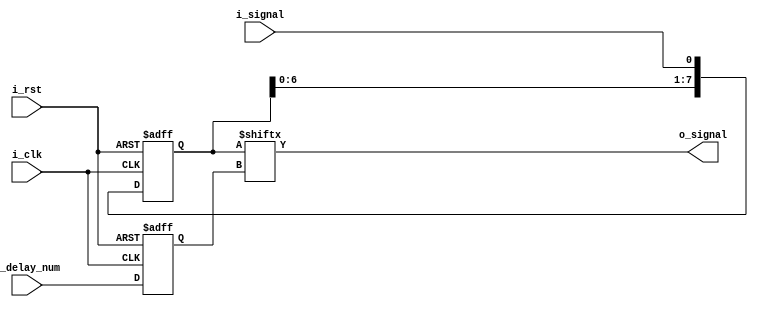
`timescale 1ns / 1ps
//////////////////////////////////////////////////////////////////////////////////
// Company: 
// Engineer: 
// 
// Design Name: 
// Module Name: Delay_Signal
// Project Name: 
// Target Devices: 
// Tool Versions: 
// Description: 
// 
// Dependencies: 
// 
// Revision:
// Revision 0.01 - File Created
// Additional Comments:
// 
//////////////////////////////////////////////////////////////////////////////////


module Delay_Signal(
    input i_clk,                    //Signal unit clock
    input i_rst,                    //Reset signal, low reset
    input i_signal,                 //Delayed input signal
    input [2:0]i_delay_num,         //The number of clocks that need to be delayed, no more than 8, can be cascaded
    output o_signal                 //Signal output after delay
    );
    
    //
    reg [7:0]signal_buff=0;
    reg [2:0]delay_num_i=0;
    
    //
    assign o_signal=signal_buff[delay_num_i];
    
    //
    always@(posedge i_clk or negedge i_rst)begin
        if(!i_rst)begin
            signal_buff<=7'd0;
            delay_num_i<=3'd0;
        end
        else begin
            signal_buff<={signal_buff[6:0],i_signal};  
            delay_num_i<=i_delay_num;                      
        end
    end
endmodule